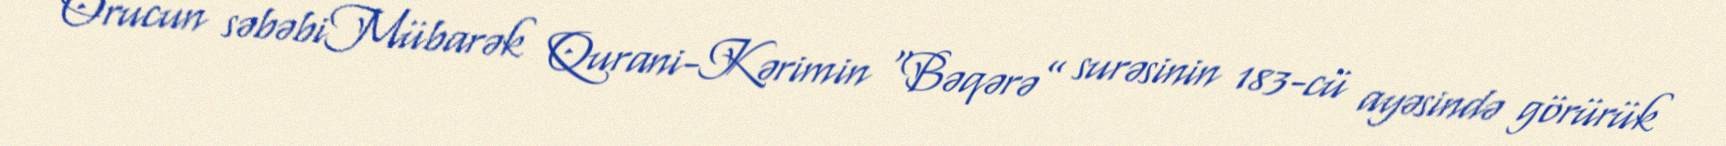
Orucun səbəbiMübarək Qurani-Kərimin “Bəqərə” surəsinin 183-cü ayəsində görürük